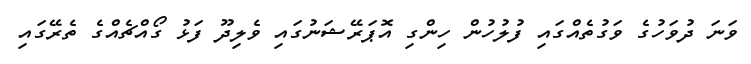
ވަނަ ދުވަހުގެ ވަގުތެއްގައި ފުލުހުން ހިންގި އޮޕަރޭޝަނުގައި ވެލިދޫ ފަޅު ގޯއްޗެއްގެ ތެރޭގައި